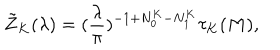
\tilde { Z } _ { K } ( \lambda ) = ( \frac { \lambda } { \pi } ) ^ { - 1 + N _ { 0 } ^ { K } - N _ { 1 } ^ { K } } \tau _ { K } ( M ) ,